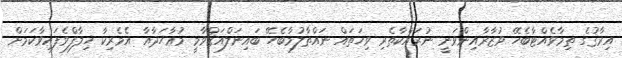
އިރާޤުގެ ތިމާވެއްޓާބެހޭ ވުޒާރާއިންވަނީ ނުރައްކާތެރި ވިހަތައް ނައްތާލުމާބެހޭ ބައިނަލްއަޤްވާމީ މުޢާހަދާއާ އެމެރިކާ ޚިލާފްވެފައިވާކަމަށް